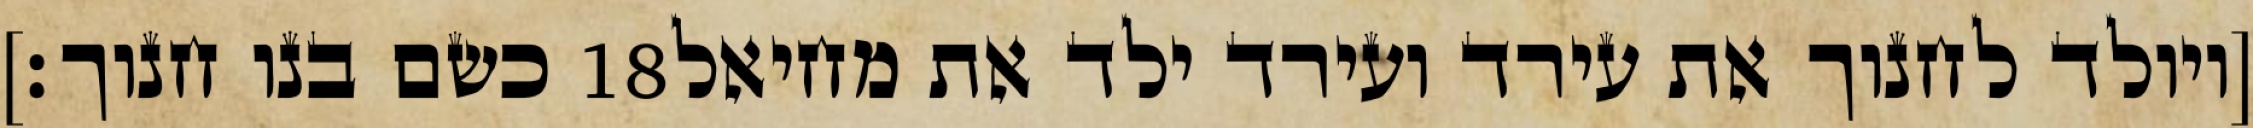
כשם בנו חנוך׃] ‎18‏ [ויולד לחנוך את עירד ועירד ילד את מחיאל